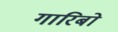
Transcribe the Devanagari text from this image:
गारिबो